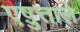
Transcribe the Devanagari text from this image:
एष़ुत्ताले